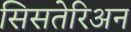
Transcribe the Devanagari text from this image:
सिसतेरिअन